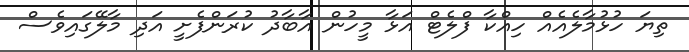
ތިޔަ ހުޅުމާލެއެއް ހިއްކާ ފްލެޓް އަޅާ މީހުން އާބާދު ކުރަންފެށީ އަދި މާލޭގައިވެސް